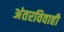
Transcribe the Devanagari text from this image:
अंतरविवाही